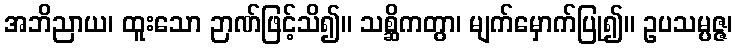
အဘိညာယ၊ ထူးသော ဉာဏ်ဖြင့်သိ၍။ သစ္ဆိကတွာ၊ မျက်မှောက်ပြု၍။ ဥပသမ္ပဇ္ဇ၊